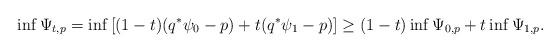
LaTeX: \begin{align*}\inf \Psi_{t,p} = \inf \left[(1-t) (q^*\psi_0 - p) + t(q^*\psi_1 - p) \right] \geq (1-t) \inf \Psi_{0,p} + t \inf \Psi_{1,p}.\end{align*}